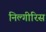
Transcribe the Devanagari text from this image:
निल्गीरिस